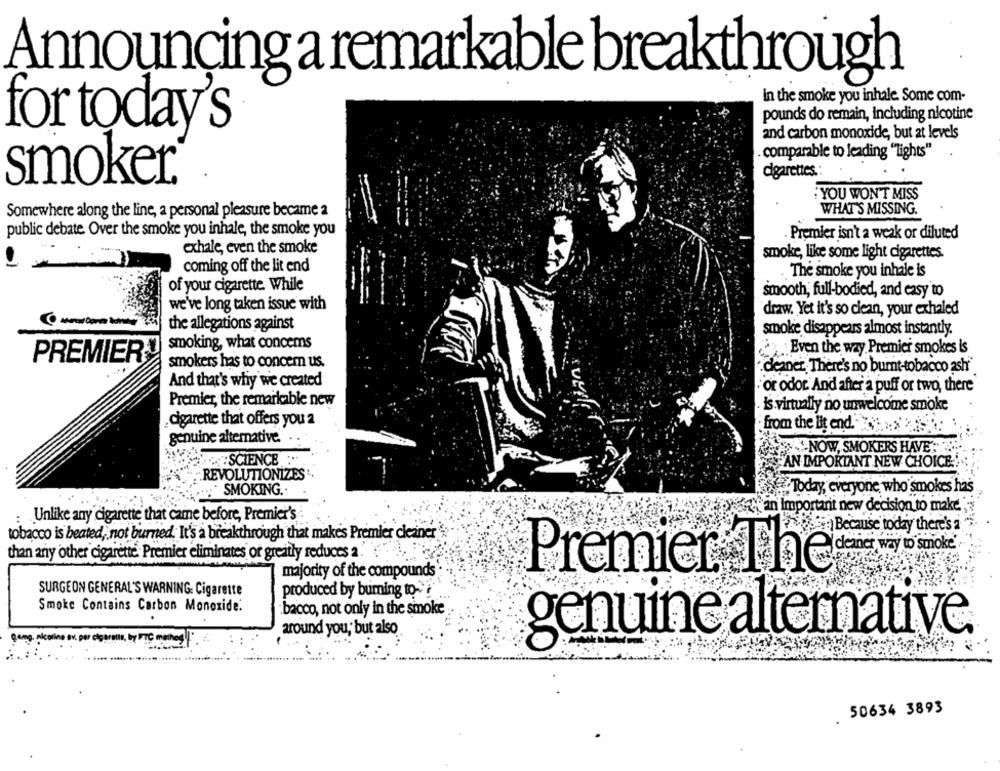
Announcing a remarkable breakthrough
In the smoke you inhale. Some com-
pounds do remain, including nicotine
for today's
and carbon monoxide, but at levels
comparable to leading "Tights"
cigarettes .:
smoker®
. YOU WON'T MISS
Somewhere along the line, a personal pleasure became a
WHAT'S MISSING.
public debate Over the smoke you inhale, the smoke you
Premier isn't a weak or diluted
exhale, even the smoke
smoke, like some light cigarettes.
coming off the lit end
The smoke you inhale is
of your cigarette. While
smooth, full-bodied, and easy to
we've long taken issue with
draw. Yet it's so clean, your exhaled
the allegations against
smoke disappears almost instantly.
smoking, what concems
Even the way Premier smokes is
PREMIER
smokers has to concem us.
: deaner. There's no burnt-tobacco ash"
And that's why we created
or odor And after a puff or two, there
Premier, the remarkable new
is virtually no unwelcome smoke
cigarette that offers you a
from the lit end. * >>
genuine alternative.
KNOW, SMOKERS HAVE' ..
.SCIENCE
AN IMPORTANT NEW CHOICE
REVOLUTIONIZES
:SMOKING .:
Today, everyone who smokes has
Brei an Important new decision to make.
Unlike any cigarette that came before, Premier's
)Because today there's a
tobacco is beated, not burned. It's a breakthrough that makes Premier cleaner
way to smoke'
than any other cigarette Premier eliminates or greatly reduces 2.
Premier The
majority of the compounds
SURGEON GENERAL'S WARNING: Cigarette
produced by buming to-
Smoke Contains Carbon Monoxide:
bacco, not only in the smoke
around you, but also
genuine alternative.
50634 3893